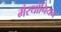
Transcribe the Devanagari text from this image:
मैरथोनियन